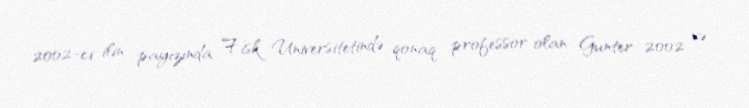
2002-ci ilin payızında Fisk Universitetində qonaq professor olan Gunter 2002 və